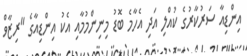
އިންޑިއާ ސަރުކާރުގެ ކުއްލި އަދި އެހާމެ ބޮޑު މިނިންމުމާއި އެކު އިންޑިއާގެ "ރިޒާވް